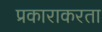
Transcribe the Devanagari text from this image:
प्रकाराकरता